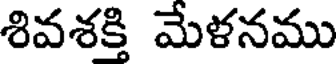
శివశక్తి మేళనము